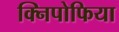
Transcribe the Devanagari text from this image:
क्निपोफिया